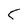
Character: 5